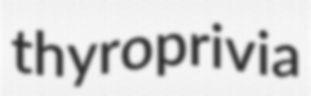
thyroprivia